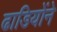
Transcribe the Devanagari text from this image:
ढाडियोंने